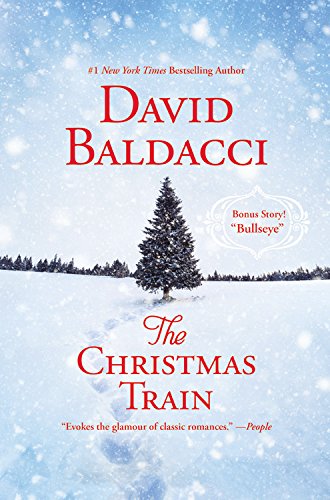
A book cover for The Christmas Train; David Baldacci; Literature & Fiction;